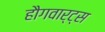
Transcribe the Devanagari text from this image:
हौगवार्ट्स